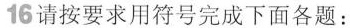
16请按要求用符号完成下面各题：